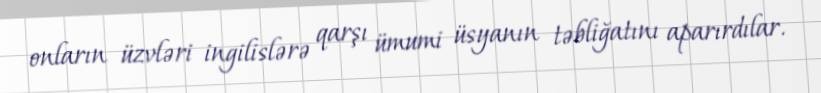
onların üzvləri ingilislərə qarşı ümumi üsyanın təbliğatını aparırdılar.